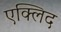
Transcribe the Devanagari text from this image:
एक्लिद